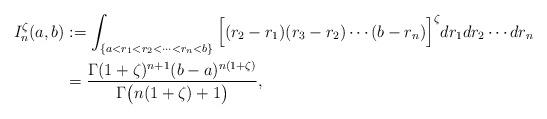
LaTeX: \begin{align*}I_n^\zeta(a,b)&:=\int_{\{a< r_1<r_2<\cdots<r_n<b \}}\Big[(r_2-r_1)(r_3-r_2)\cdots(b-r_n)\Big]^\zeta dr_1dr_2\cdots dr_n\\&= \frac{\Gamma(1+\zeta)^{n+1}(b-a)^{n(1+\zeta)}}{ \Gamma\big(n(1+\zeta)+1\big)},\end{align*}